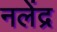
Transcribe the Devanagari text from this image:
नलेंद्र